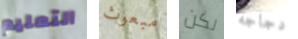
التعليم مبعوث لكن دجاجه